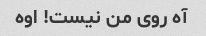
آه روی من نیست! اوه